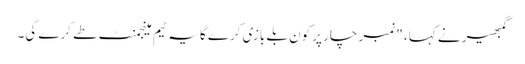
گمبھیر نے کہا، "نمبر چار پر کون بلے بازی کرے گا یہ ٹیم مینجمنٹ طے کرے گی۔